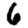
Digit: 6